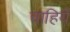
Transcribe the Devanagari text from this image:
चाहियेँ